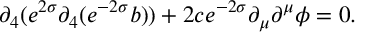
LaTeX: \partial _ { 4 } ( e ^ { 2 \sigma } \partial _ { 4 } ( e ^ { - 2 \sigma } b ) ) + 2 c e ^ { - 2 \sigma } \partial _ { \mu } \partial ^ { \mu } \phi = 0 .